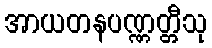
အာယတနပဏ္ဏတ္တီသု